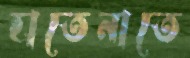
হাতেনাতে